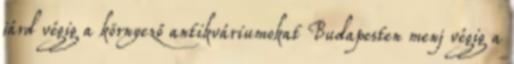
járd végig a környező antikváriumokat Budapesten menj végig a